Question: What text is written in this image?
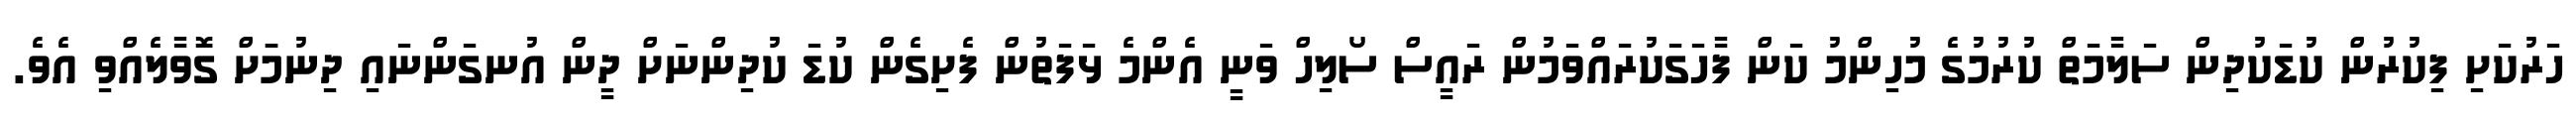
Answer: ހަރުކަށި ފިކުރުން ކުޑަކުދިން ސަލާމަތް ކުރުމުގެ މުހިންމު ކަން ފާހަގަކުރައްވަމުން ރައީސް ސޯލިހް ވަނީ އެންމެ ޅަފަތުން ފެށިގެން ކުޑަ ކުދިންނަށް ދީން އުނގަންނައި ދިނުމަަށް ގޮވާލެއްވި އެވެ.